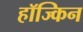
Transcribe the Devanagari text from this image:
हॉज्किन